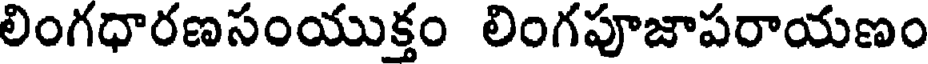
లింగధారణసంయుక్తం లింగపూజాపరాయణం